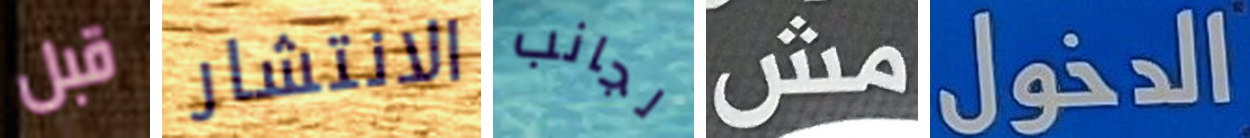
قبل الانتشار لجانب مش الدخول